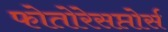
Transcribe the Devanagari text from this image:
फोतोरेसप्तोर्स